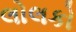
લોલકો